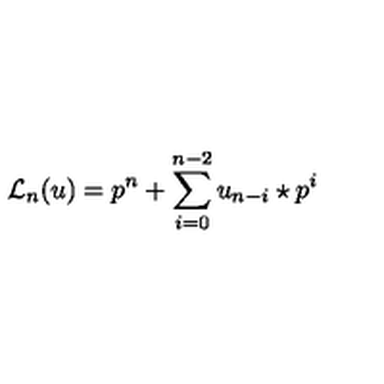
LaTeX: { { \mathcal L } _ { n } } ( u ) = p ^ { n } + \sum _ { i = 0 } ^ { n - 2 } u _ { n - i } \star p ^ { i }